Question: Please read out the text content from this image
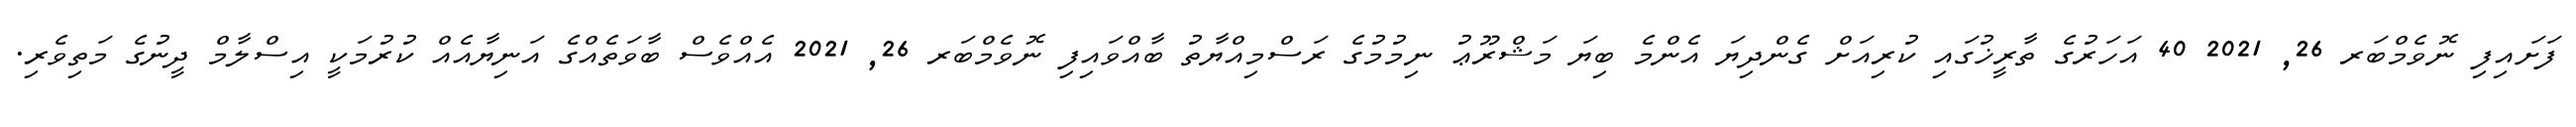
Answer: ފަށައިފި ނޮވެމްބަރ 26, 2021 40 އަހަރުގެ ތާރީޚުގައި ކުރިއަށް ގެންދިޔަ އެންމެ ބިޔަ މަޝްރޫޢު ނިމުމުގެ ރަސްމިއްޔާތު ބާއްވައިފި ނޮވެމްބަރ 26, 2021 އެއްވެސް ބާވަތެއްގެ އަނިޔާއެއް ކުރުމަކީ އިސްލާމް ދީނުގެ މަތިވެރި.